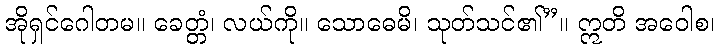
အိုရှင်ဂေါတမ။ ခေတ္တံ၊ လယ်ကို။ သောဓေမိ၊ သုတ်သင်၏”။ ဣတိ အဝေါစ၊